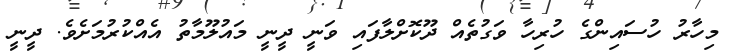
މިހާރު ހުސައިންގެ ހުރިހާ ވަގުތެއް ދޫކޮށްލާފައި ވަނީ ދީނީ މައުލޫމާތު އެއްކުރުމަށެވެ. ދީނީ